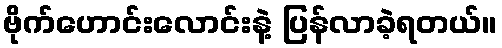
ဗိုက်ဟောင်းလောင်းနဲ့ ပြန်လာခဲ့ရတယ်။